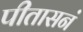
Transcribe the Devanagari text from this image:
पीतासनं